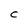
Character: C